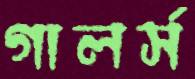
গালর্স